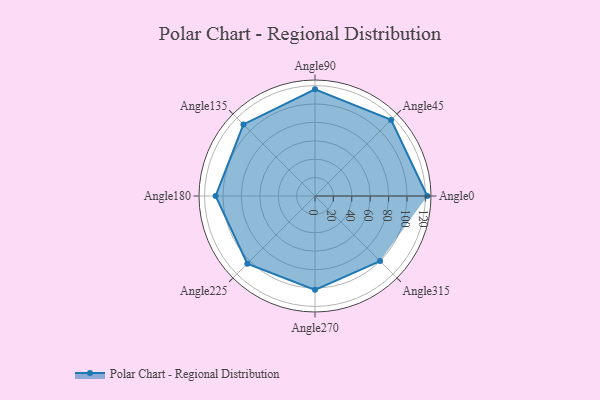
{"axis": {"x": "Angle", "y": "Radius"}, "legend": [""], "data": [{"x": "Angle0", "y": 122.0, "type": ""}, {"x": "Angle45", "y": 117.0, "type": ""}, {"x": "Angle90", "y": 116.0, "type": ""}, {"x": "Angle135", "y": 110.0, "type": ""}, {"x": "Angle180", "y": 108.0, "type": ""}, {"x": "Angle225", "y": 104.0, "type": ""}, {"x": "Angle270", "y": 102.0, "type": ""}, {"x": "Angle315", "y": 100.0, "type": ""}]}